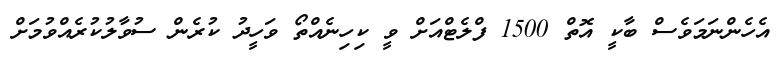
އެހެންނަމަވެސް ބާކީ އޮތް 1500 ފްލެޓްއަށް ވީ ކިހިނެއްތޯ ވަހީދު ކުރެން ސުވާލުކުރެއްވުމަށް